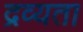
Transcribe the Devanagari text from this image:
द्रव्यता